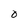
Character: O